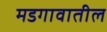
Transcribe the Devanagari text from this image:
मडगावातील